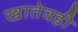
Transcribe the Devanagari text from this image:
खातेवही